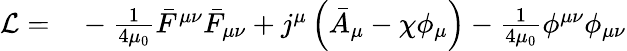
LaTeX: \begin{array}{rl}{\mathcal L=}&{{}-\frac{1}{4\mu_{0}}\bar{F}^{\mu\nu}\bar{F}_{\mu\nu}+j^{\mu}\left(\bar{A}_{\mu}-\chi\phi_{\mu}\right)-\frac{1}{4\mu_{0}}\phi^{\mu\nu}\phi_{\mu\nu}}\end{array}